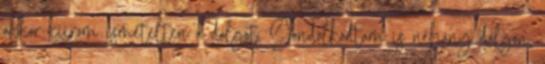
akkor kiírom ismételten a dolgot. Gondolkodtam is néhány dolgon,